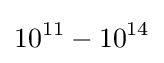
10^{11}-10^{14}